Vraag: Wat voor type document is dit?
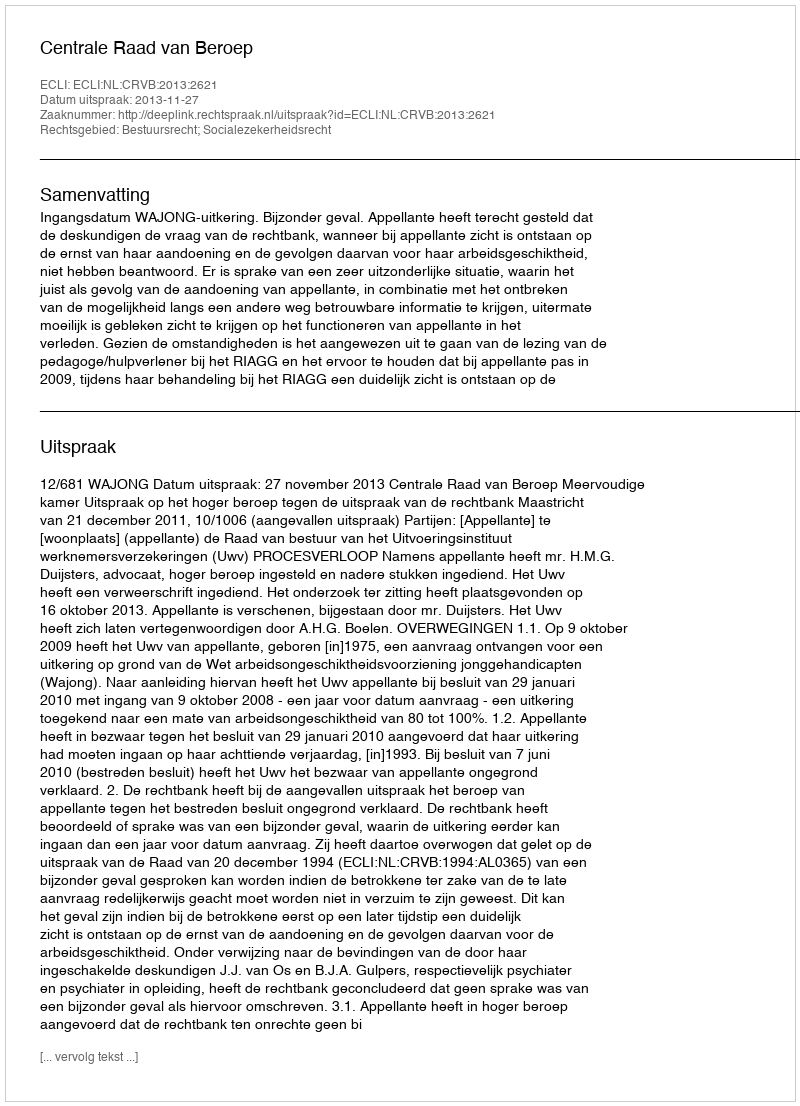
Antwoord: Uitspraak